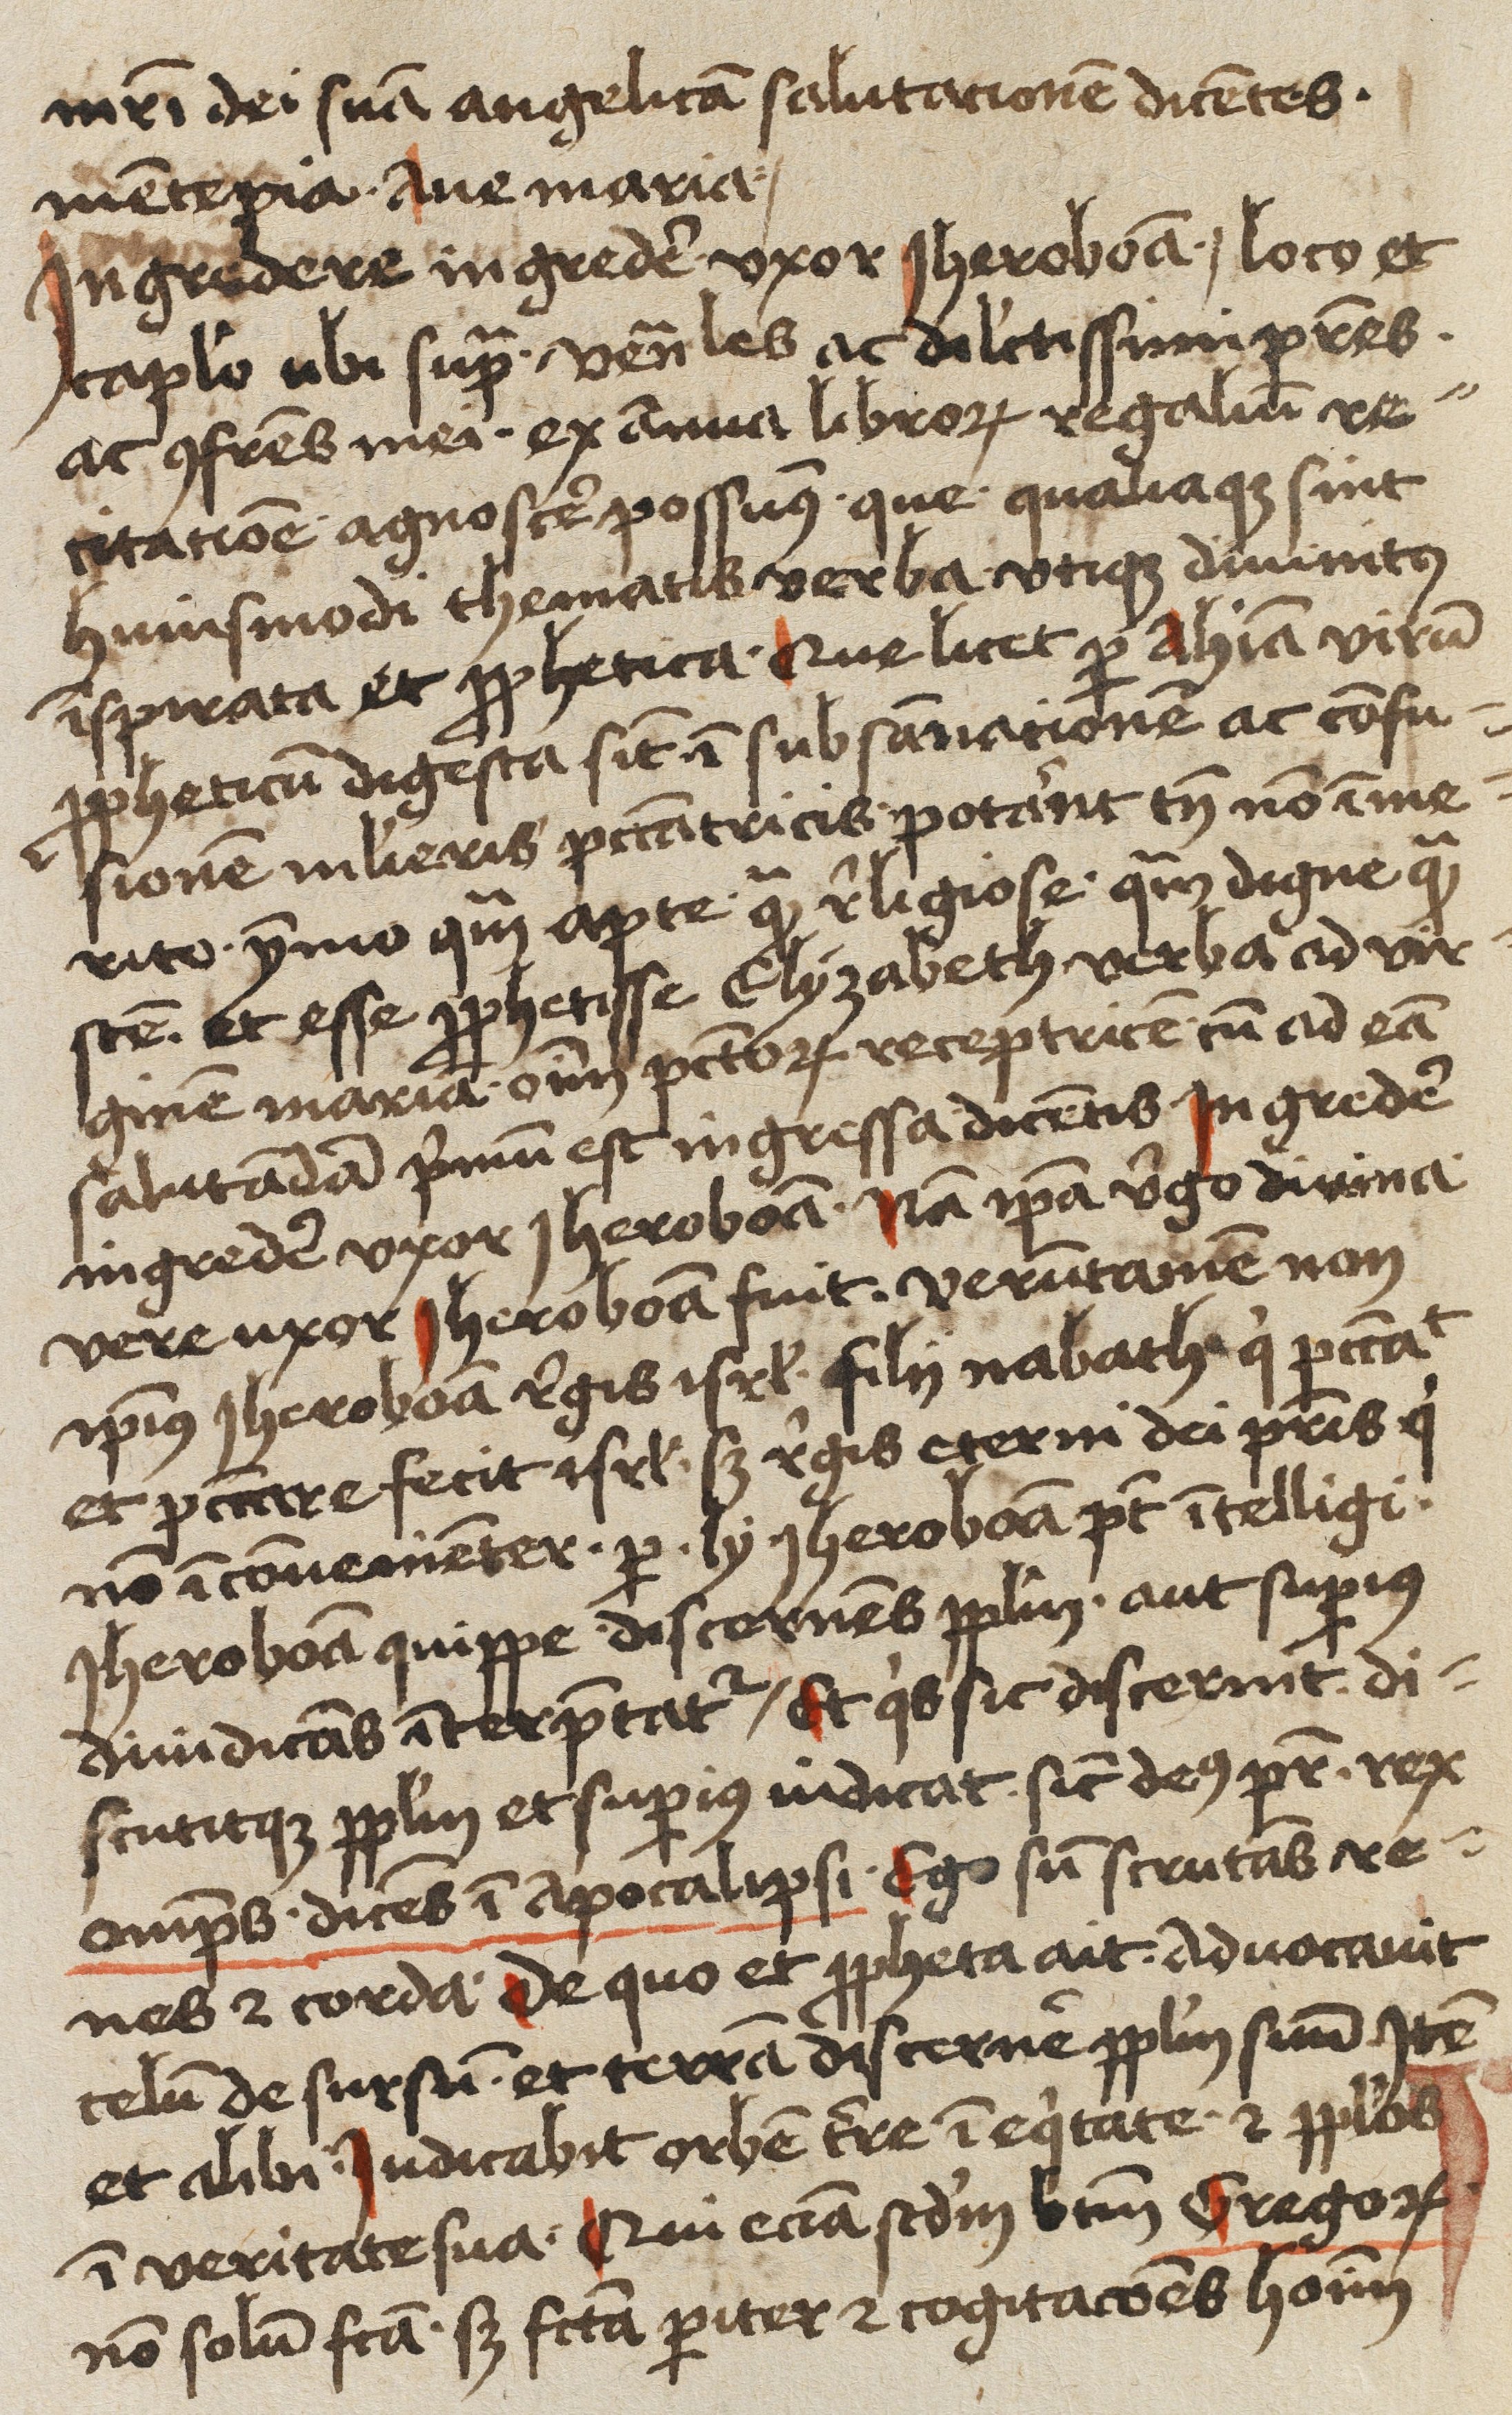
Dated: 1450–1499